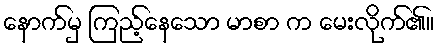
နောက်မှ ကြည့်နေသော မာစာ က မေးလိုက်၏။